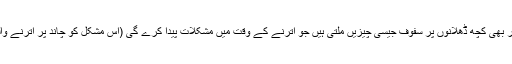
یہاں تک کہ ضخیم کیلسٹو پر بھی کچھ ڈھلانوں پر سفوف جیسی چیزیں ملتی ہیں جو اترنے کے وقت میں مشکلات پیدا کرے گی (اس مشکل کو چاند پر اترنے والے پائلٹ سے معلوم کریں)۔